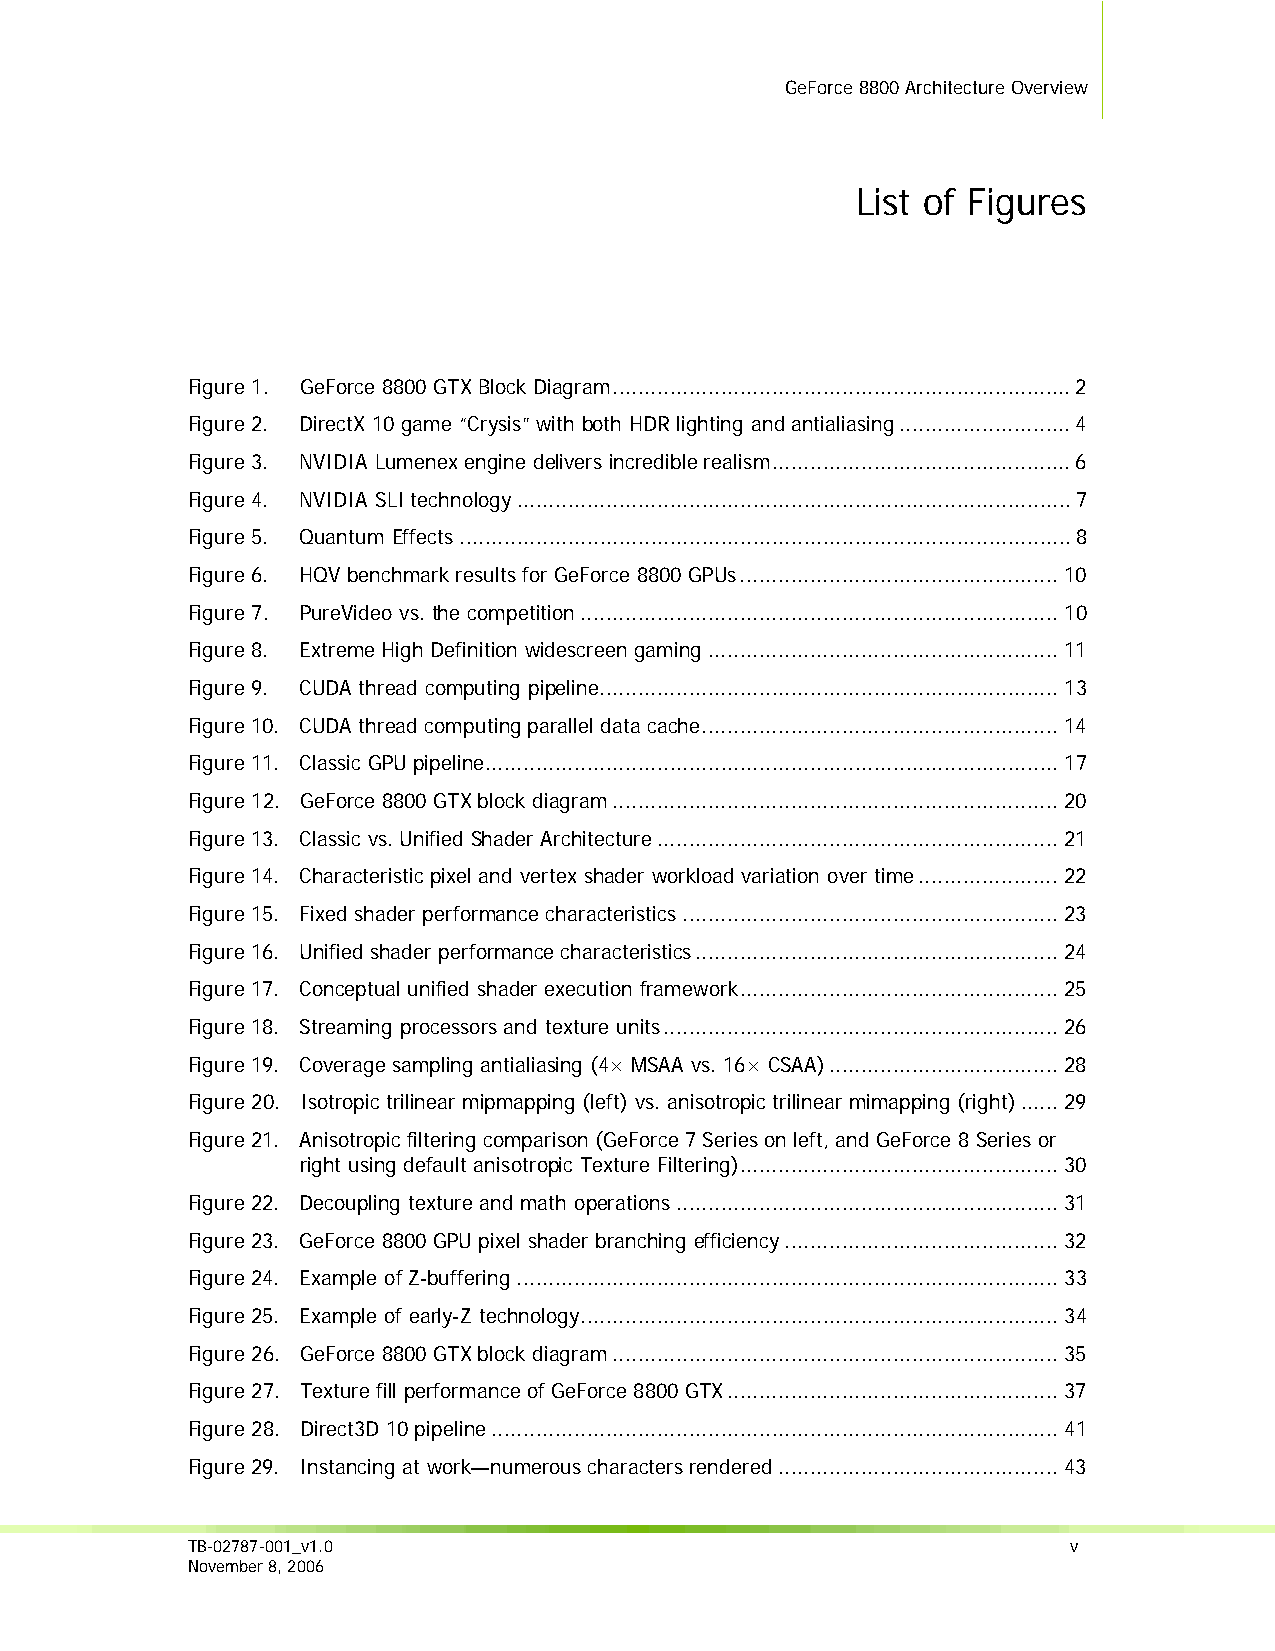
GeForce 8800 Architecture Overview
 List of Figures
 Figure 1. GeForce 8800 GTX Block Diagram........................................................................2
 Figure 2. DirectX 10 game “Crysis” with both HDR lighting and antialiasing...........................4
 Figure 3. NVIDIA Lumenex engine delivers incredible realism...............................................6
 Figure 4. NVIDIA SLI technology.......................................................................................7
 Figure 5. Quantum Effects................................................................................................8
 Figure 6. HQV benchmark results for GeForce 8800 GPUs..................................................10
 Figure 7. PureVideo vs. the competition...........................................................................10
 Figure 8. Extreme High Definition widescreen gaming.......................................................11
 Figure 9. CUDA thread computing pipeline........................................................................13
 Figure 10. CUDA thread computing parallel data cache........................................................14
 Figure 11. Classic GPU pipeline..........................................................................................17
 Figure 12. GeForce 8800 GTX block diagram......................................................................20
 Figure 13. Classic vs. Unified Shader Architecture...............................................................21
 Figure 14. Characteristic pixel and vertex shader workload variation over time......................22
 Figure 15. Fixed shader performance characteristics...........................................................23
 Figure 16. Unified shader performance characteristics.........................................................24
 Figure 17. Conceptual unified shader execution framework..................................................25
 Figure 18. Streaming processors and texture units..............................................................26
 Figure 19. Coverage sampling antialiasing (4× MSAA vs. 16× CSAA)....................................28
 Figure 20. Isotropic trilinear mipmapping (left) vs. anisotropic trilinear mimapping (right)......29
 Figure 21. Anisotropic filtering comparison (GeForce 7 Series on left, and GeForce 8 Series or
 right using default anisotropic Texture Filtering)..................................................30
 Figure 22. Decoupling texture and math operations............................................................31
 Figure 23. GeForce 8800 GPU pixel shader branching efficiency...........................................32
 Figure 24. Example of Z-buffering.....................................................................................33
 Figure 25. Example of early-Z technology...........................................................................34
 Figure 26. GeForce 8800 GTX block diagram......................................................................35
 Figure 27. Texture fill performance of GeForce 8800 GTX....................................................37
 Figure 28. Direct3D 10 pipeline.........................................................................................41
 Figure 29. Instancing at work—numerous characters rendered............................................43
 TB-02787-001_v1.0                                          v
 November 8, 2006